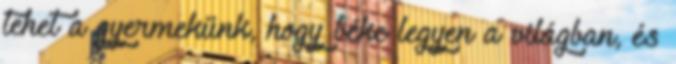
tehet a gyermekünk, hogy béke legyen a világban, és